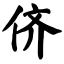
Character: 侪